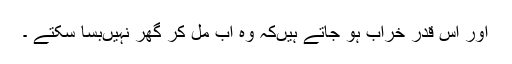
اور اس قدر خراب ہو جاتے ہیںکہ وہ اب مل کر گھر نہیںبسا سکتے ۔